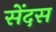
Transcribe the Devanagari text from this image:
सेंदस